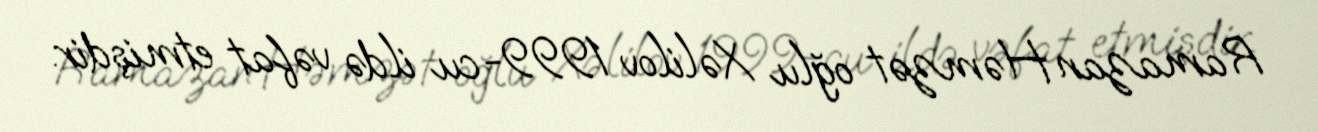
Ramazan Həmzət oğlu Xəlilov 1999-cu ildə vəfat etmişdir.